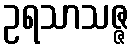
ဥရသာသဇ္ဇ